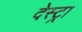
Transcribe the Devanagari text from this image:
देस्ट्रा